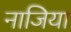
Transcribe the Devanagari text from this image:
नाजिया